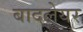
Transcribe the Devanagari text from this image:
बादलेयर